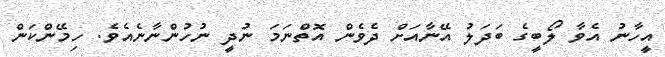
އީހާނު އެވާ ލޯބީގެ ބަދަލު އޭނާއަށް ދެވެން އޮތްނަމަ ނުދީ ނުހުންނާނެއެވެ. ހިމޭންކަން